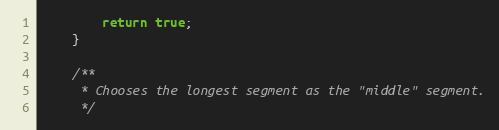
Language: JavaScript
		return true;
	}

	/**
	 * Chooses the longest segment as the "middle" segment.
	 */